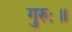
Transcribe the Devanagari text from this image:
गुरुः॥